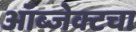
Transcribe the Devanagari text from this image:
ऑब्जेक्टचा